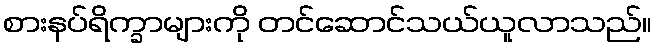
စားနပ်ရိက္ခာများကို တင်ဆောင်သယ်ယူလာသည်။